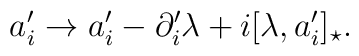
a_{i}^{\prime} \rightarrow a_{i}^{\prime}-\partial_{i}^{\prime}\lambda  +i[\lambda,a_{i}^{\prime}]_{\star}.